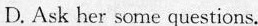
D. Ask her some questions.